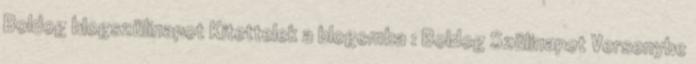
Boldog blogszülinapot Kitettelek a blogomba : Boldog Szülinapot Versenybe